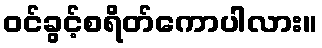
ဝင်ခွင့်စရိတ်ကောပါလား။